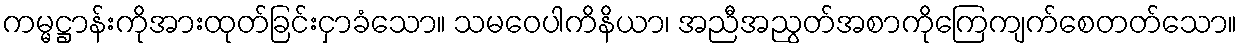
ကမ္မဋ္ဌာန်းကိုအားထုတ်ခြင်းငှာခံသော။ သမဝေပါကိနိယာ၊ အညီအညွတ်အစာကိုကြေကျက်စေတတ်သော။